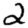
Digit: 2